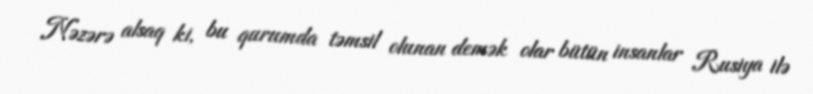
Nəzərə alsaq ki, bu qurumda təmsil olunan demək olar bütün insanlar Rusiya ilə